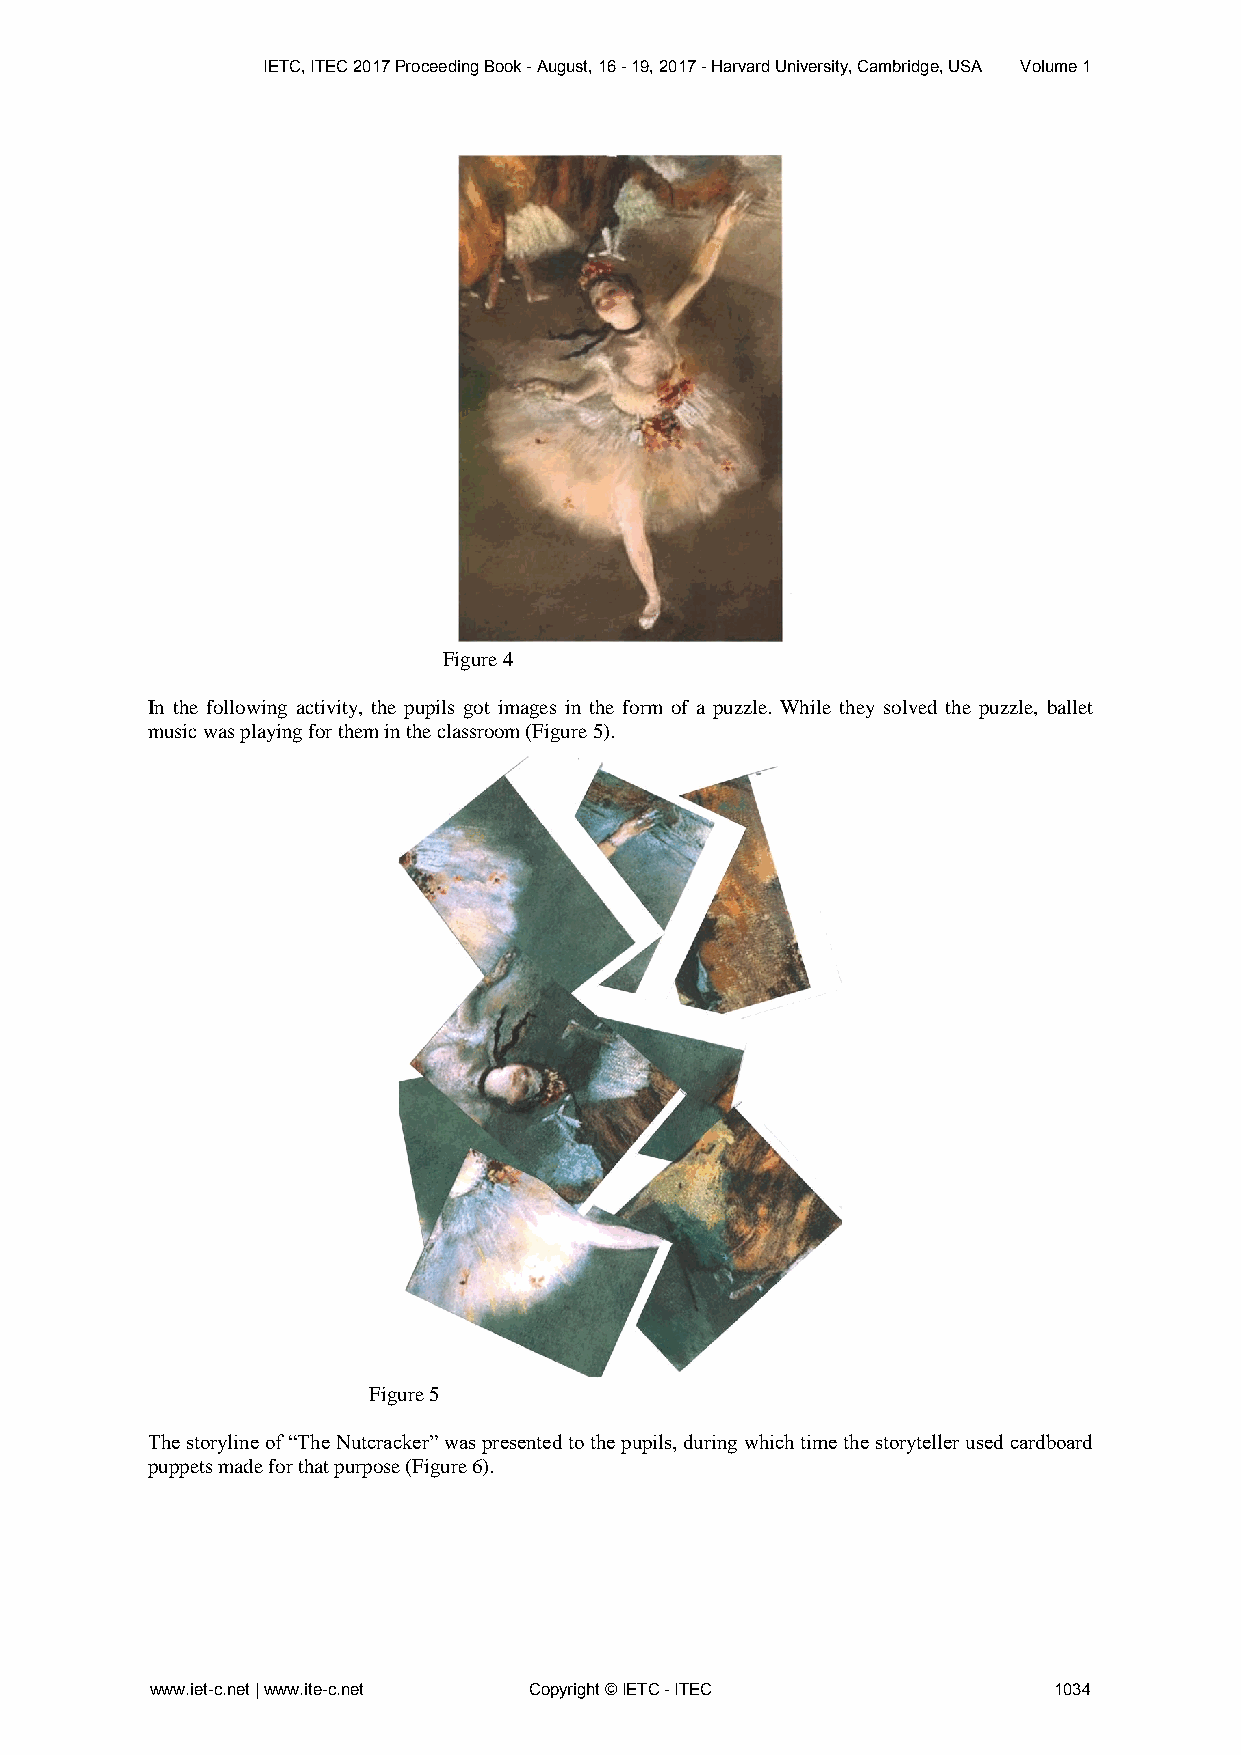
IETC, ITEC 2017 Proceeding Book - August, 16 - 19, 2017 - Harvard University, Cambridge, USA Volume 1
 Figure 4
 In the following activity, the pupils got images in the form of a puzzle. While they solved the puzzle, ballet
 music was playing for them in the classroom (Figure 5).
 Figure 5
 The storyline of “The Nutcracker” was presented to the pupils, during which time the storyteller used cardboard
 puppets made for that purpose (Figure 6).
 www.iet-c.net | www.ite-c.net Copyright © IETC - ITEC       1034